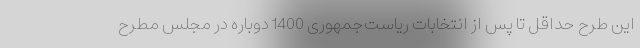
این طرح حداقل تا پس از انتخابات ریاست‌جمهوری 1400 دوباره در مجلس مطرح